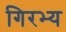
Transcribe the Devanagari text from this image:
गिरभ्य